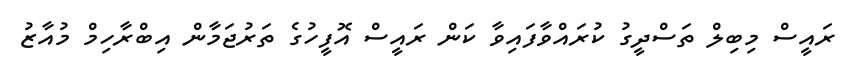
ރައީސް މިބިލް ތަސްދީގު ކުރައްވާފައިވާ ކަން ރައީސް އޮފީހުގެ ތަރުޖަމާން އިބްރާހިމް މުއާޒު